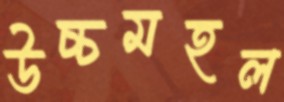
উচ্চমহল